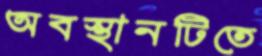
অবস্থানটিতে